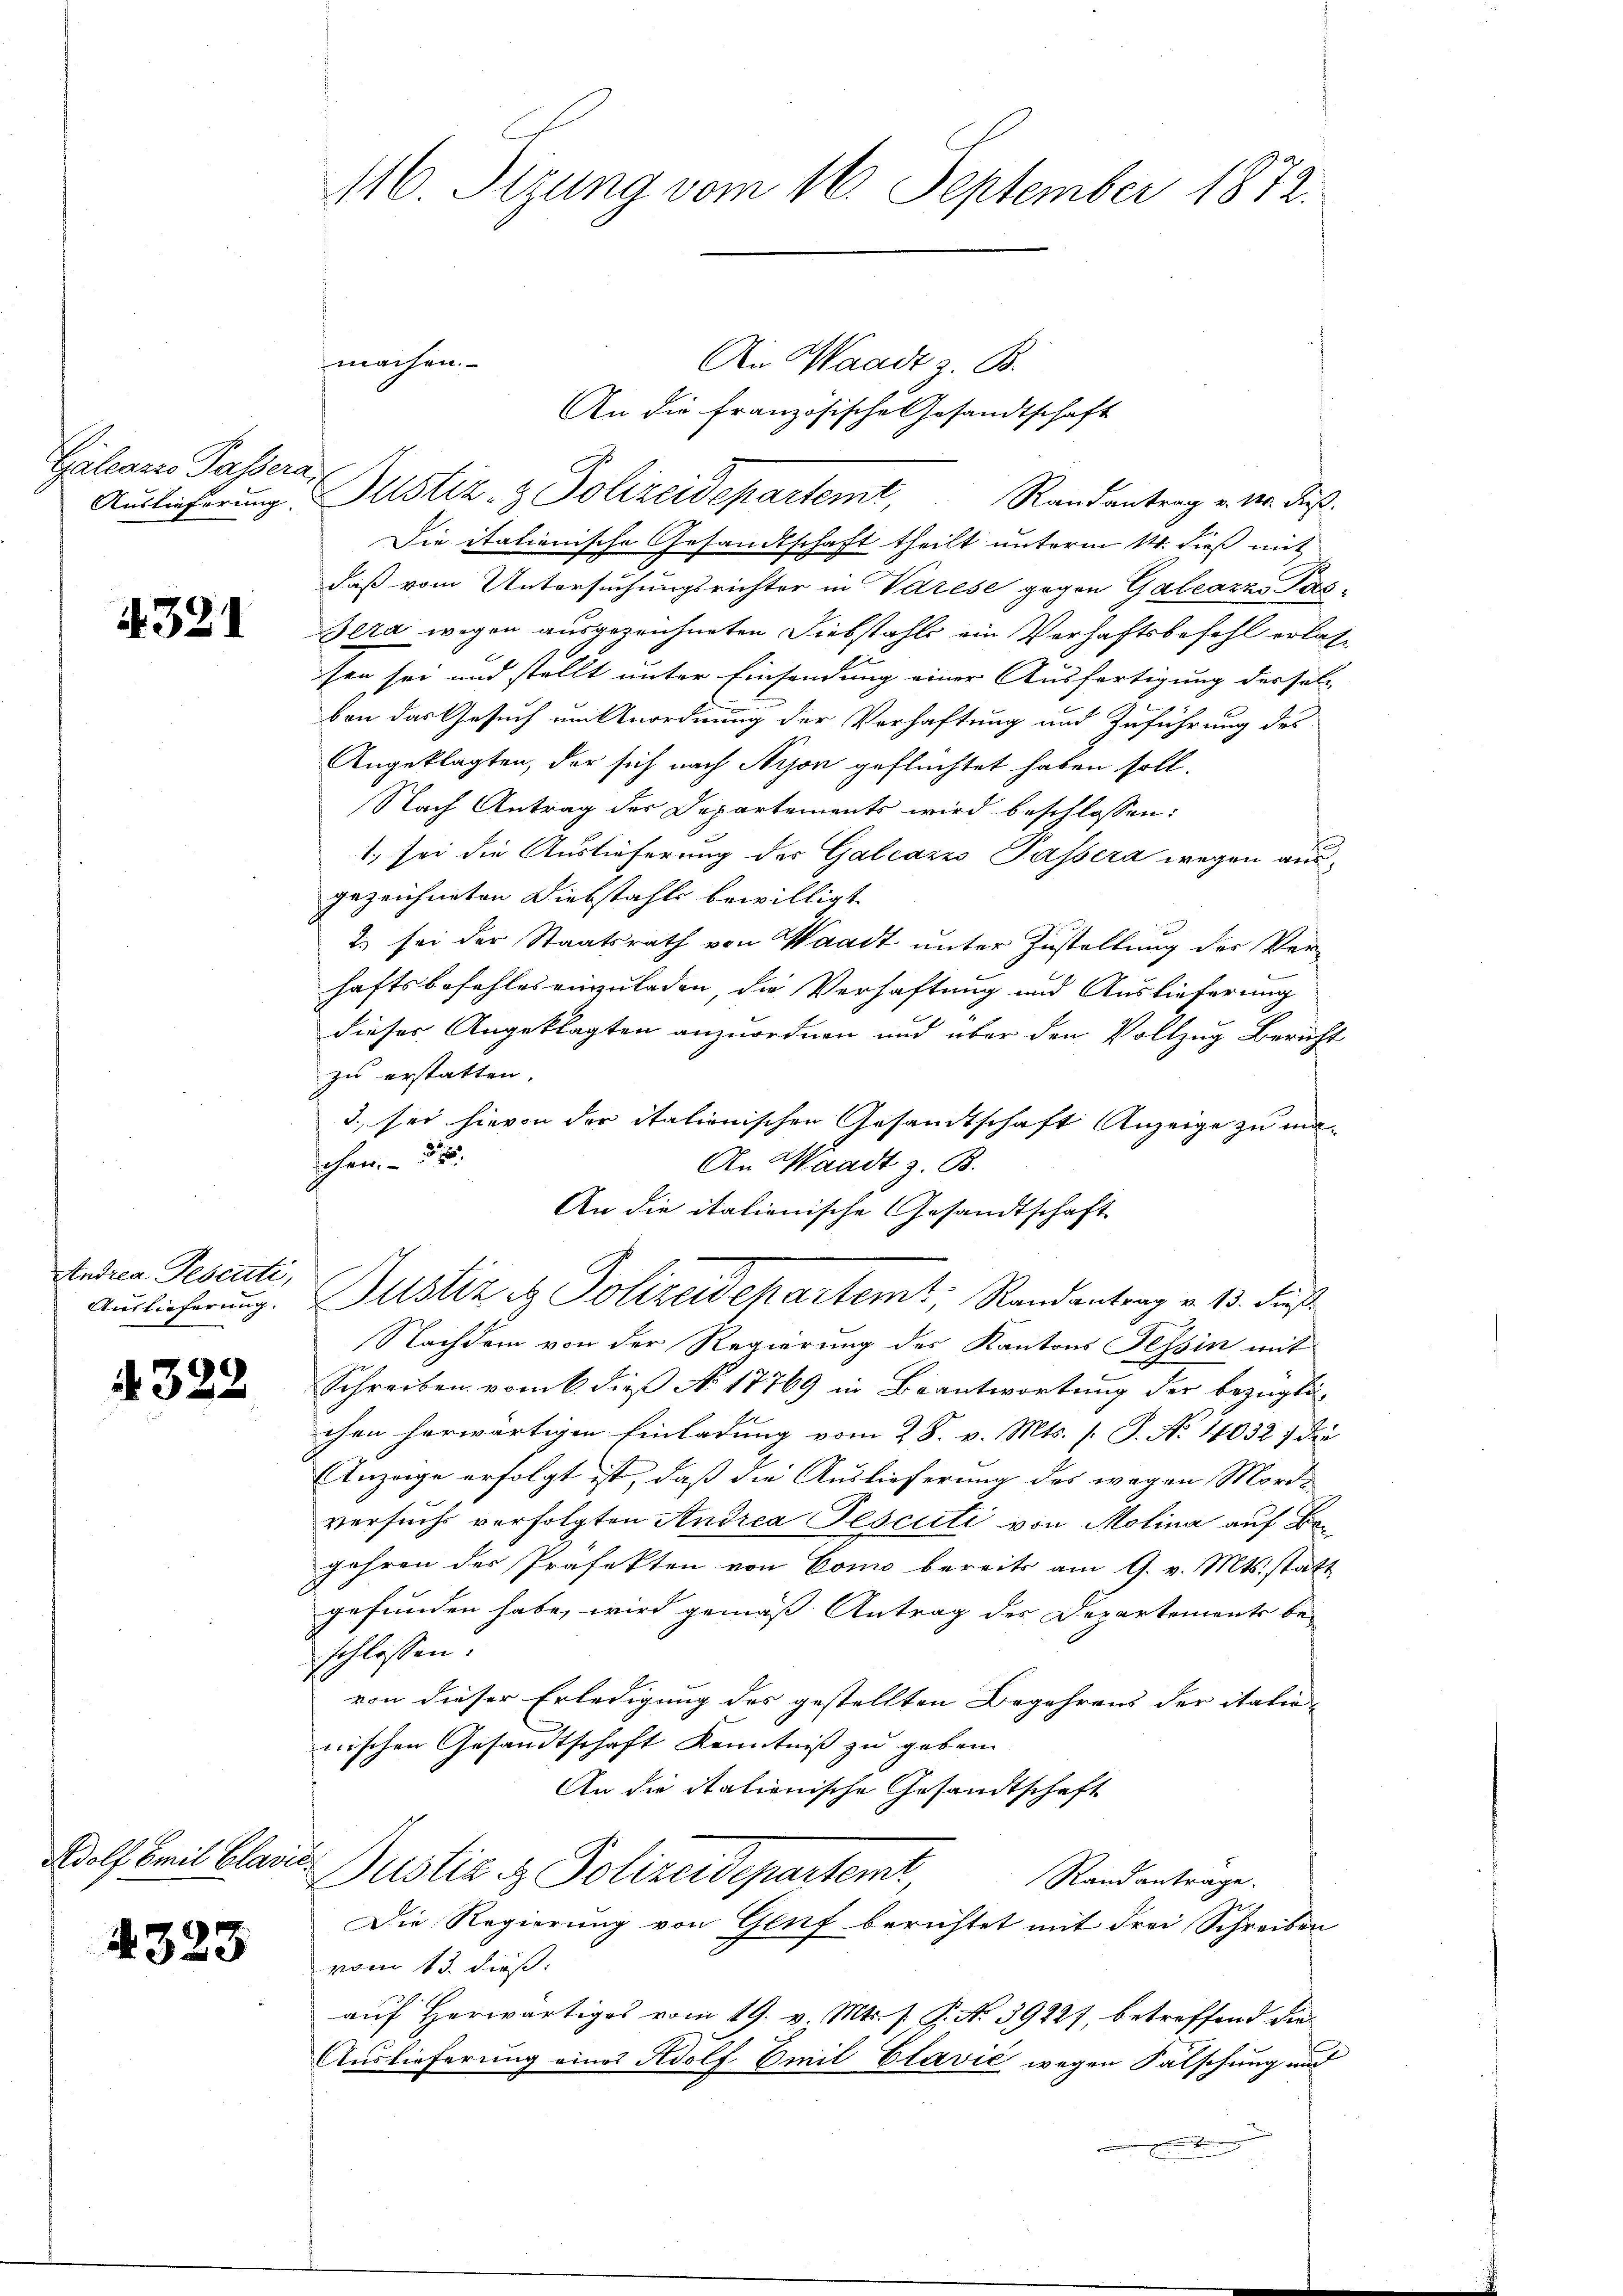
Galcans Passera

4321

Andrea Pescuti,
Auslieferung.

4322

Adolf Emil Clavie

4323

116. Sizung vom 16. September 1872.

machen.
An Waadt z. B.
An die französische Gesandtschaft
Auslieferung. Justiz- & Polizeidepartemt,
Randantrag v. 10. dieß.
Die itationische Gesandtschaft theilt unterm 14. dieß mit
daß vom Untersuchungsrichter in Varese gegen Gabeazza as-
Sera wegen ausgezeichneten Diebstahls ein Verhaftsbefehl erlassen sei und stellt unter Einsendung einer Ausfertigung der soll
ben das Gesuch um Anordnung der Verhaftung und Zuführung des
Angeklagten, der sich nach Nison geflüchtet haben soll.
Nach Antrag des Departements wird beschlossen:
1. sei die Auslieferung des Galcazio Passera wegen ausgezeichneten Diebstahls bewilligt.
2) sei der Staatsrath von Waadt unter Zustellung der Verhaftsbefehles anzuladen die Verhaftung und Auslieferung
dieser Angeklagten anzuordnen und über den Vollzug Bericht
zu erstatten.
3. sei hievon der itationischen Gesandtschaft Anzeige zu machen
An Waadt z. B.
An die italienische Gesandtschaft
Justiz & Polizeidepartemt, Randantrag v. 13. dieß
Nachdem von der Regierung des Kantons Tessin mit
Schreiben vom 6. dieß No 17769 in Beantwortung der bezüglichen herwärtigen Einladung vom 28. v. Mts. s. S. Nr. 4032 : die
Anzüge erfolgt ist, daß die Auslieferung des wegen Morde
versuchs verfolgten Andrea Fescuti von Molina auf Be¬
Jahren der Präfekten von Como bereits am 9. v. Mts. statt
gefunden habe, wird gemäß Antrag des Departements be-
schlossen:
von dieser Erledigung des gestellten Begehrens der italienischen Gesandtschaft Kenntniß zu geben.
An die italienische Gesandtschaft
Justiz & Polizeidepartemt
Randantrage.
Die Regierung von Genf berichtet mit drei Schreiben
vom 13. dieß:
auf Herwärtiges vom 19. v. Mts. f. P. No 3922), betreffend die¬
Auslieferung eines Adolf Emil Elavić wegen Falschung und
.